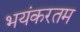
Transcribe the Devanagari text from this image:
भयंकरतम